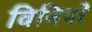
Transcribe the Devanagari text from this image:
विथियाँ